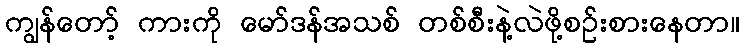
ကျွန်တော့် ကားကို မော်ဒန်အသစ် တစ်စီးနဲ့လဲဖို့စဉ်းစားနေတာ။